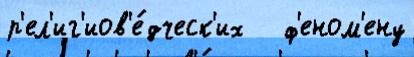
р'ел'иг'иов'е́дческ'их   ф'еном'ену